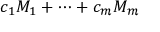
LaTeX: c _ { 1 } M _ { 1 } + \cdots + c _ { m } M _ { m }